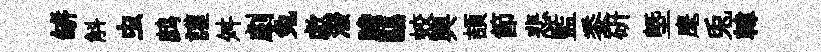
缾斛虫鹧讙舛劇兔歔潑膽鷗蛟興頡節悲監黍硏塈麾兎韓